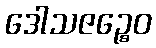
ဒေါသဇဉ္စေဝ